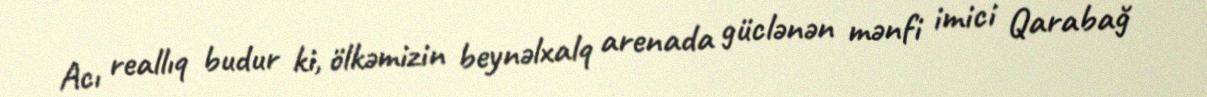
Acı reallıq budur ki, ölkəmizin beynəlxalq arenada güclənən mənfi imici Qarabağ